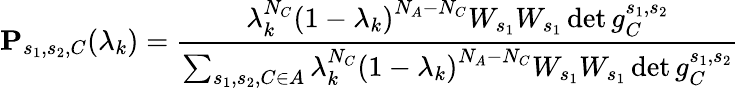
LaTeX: \mathbf{P}_{s_{1},s_{2},C}(\lambda_{k})=\frac{\lambda_{k}^{N_{C}}\left(1-\lambda_{k}\right)^{N_{A}-N_{C}}W_{s_{1}}W_{s_{1}}\operatorname*{det}g_{C}^{s_{1},s_{2}}}{\sum_{s_{1},s_{2},C\in A}\lambda_{k}^{N_{C}}\left(1-\lambda_{k}\right)^{N_{A}-N_{C}}W_{s_{1}}W_{s_{1}}\operatorname*{det}g_{C}^{s_{1},s_{2}}}